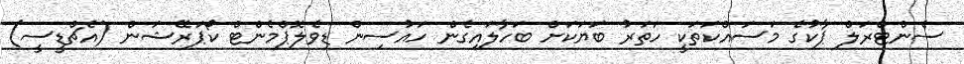
ސެންޓްރަލް ޕާކުގެ މަސައްކަތަކީ ހަތަރު ބަޔަކަށް ބަހާލައިގެން ހައުސިން ޑިވެލޮޕްމެންޓް ކޯޕަރޭޝަން (އެޗްޑީސީ)